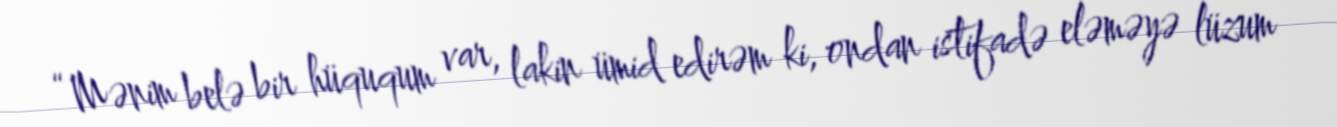
“Mənim belə bir hüququm var, lakin ümid edirəm ki, ondan istifadə eləməyə lüzum